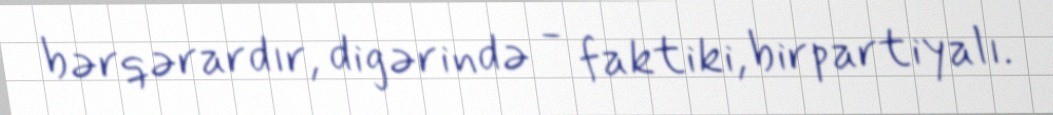
bərqərardır, digərində - faktiki, birpartiyalı.